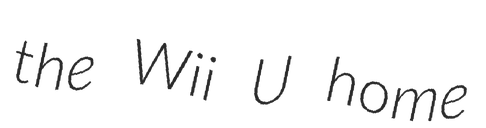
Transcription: the Wii U home